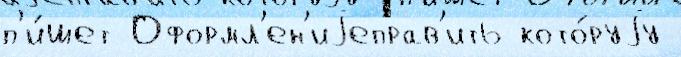
п'и́шет Оформл'ен'иjеправ'ить кото́руjу